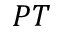
P T